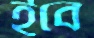
ইবে